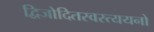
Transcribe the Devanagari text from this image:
द्विजोदितस्वस्त्ययनो